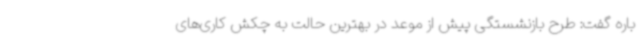
باره گفت: طرح بازنشستگی پیش از موعد در بهترین حالت به چکش کاری‌های